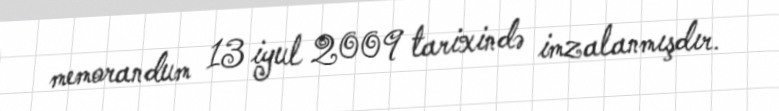
memorandum 13 iyul 2009 tarixində imzalanmışdır.